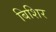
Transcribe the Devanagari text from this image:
बिशिर